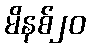
မိနစ်၂၀